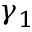
\gamma _ { 1 }